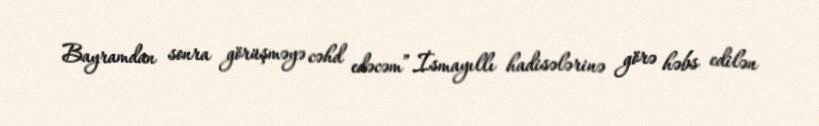
Bayramdan sonra görüşməyə cəhd edəcəm”.İsmayıllı hadisələrinə görə həbs edilən